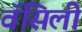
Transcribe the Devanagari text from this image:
वॅसिली